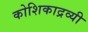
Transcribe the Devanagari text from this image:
कोशिकाद्रव्यी